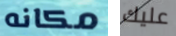
مكانه عليك